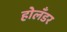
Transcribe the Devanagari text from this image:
होलँडर